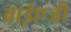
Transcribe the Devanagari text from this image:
वाईएजी